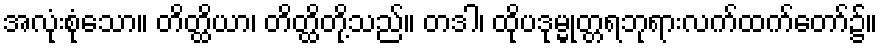
အလုံးစုံသော။ တိတ္ထိယာ၊ တိတ္ထိတို့သည်။ တဒါ၊ ထိုပဒုမ္မုတ္တရဘုရားလက်ထက်တော်၌။